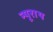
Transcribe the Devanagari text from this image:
न्यूराथ